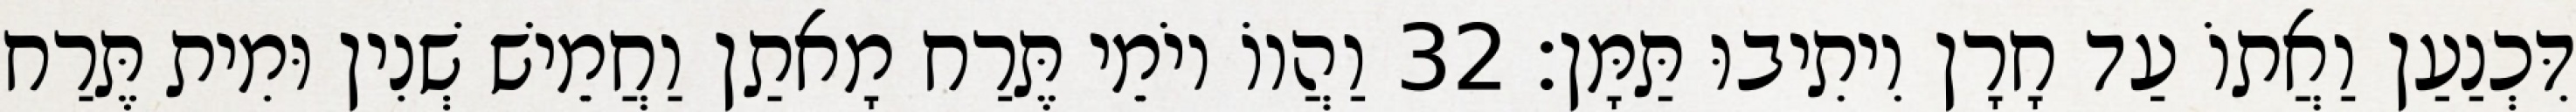
דִּכְנַעַן וַאֲתוֹ עַד חָרָן וִיתִיבוּ תַּמָּן׃ 32 וַהֲווֹ יוֹמֵי תֶּרַח מָאתַן וַחֲמֵישׁ שְׁנִין וּמִית תֶּרַח